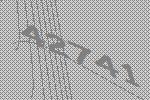
42741